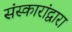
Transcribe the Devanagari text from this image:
संस्कारांद्वारा